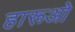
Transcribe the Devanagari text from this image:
हारूओ